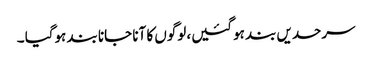
سرحدیں بند ہوگئیں، لوگوں کا آنا جانا بند ہوگیا ۔